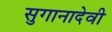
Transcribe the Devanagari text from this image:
सुगानादेवी